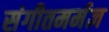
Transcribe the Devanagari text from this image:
संगीतमर्मज्ञ